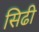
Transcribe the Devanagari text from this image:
सिढी